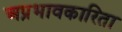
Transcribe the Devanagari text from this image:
अप्रभावकारिता